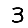
Digit: 3